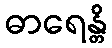
ဓာရေန္တိ